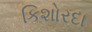
કિશોરદા